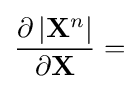
{\frac {\partial \left|\mathbf {X} ^{n}\right|}{\partial \mathbf {X} }}=